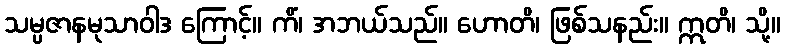
သမ္ပဇာနမုသာဝါဒ ကြောင့်။ ကိံ၊ အဘယ်သည်။ ဟောတိ၊ ဖြစ်သနည်း။ ဣတိ၊ သို့။